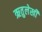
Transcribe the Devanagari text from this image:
ऋतुलेखी